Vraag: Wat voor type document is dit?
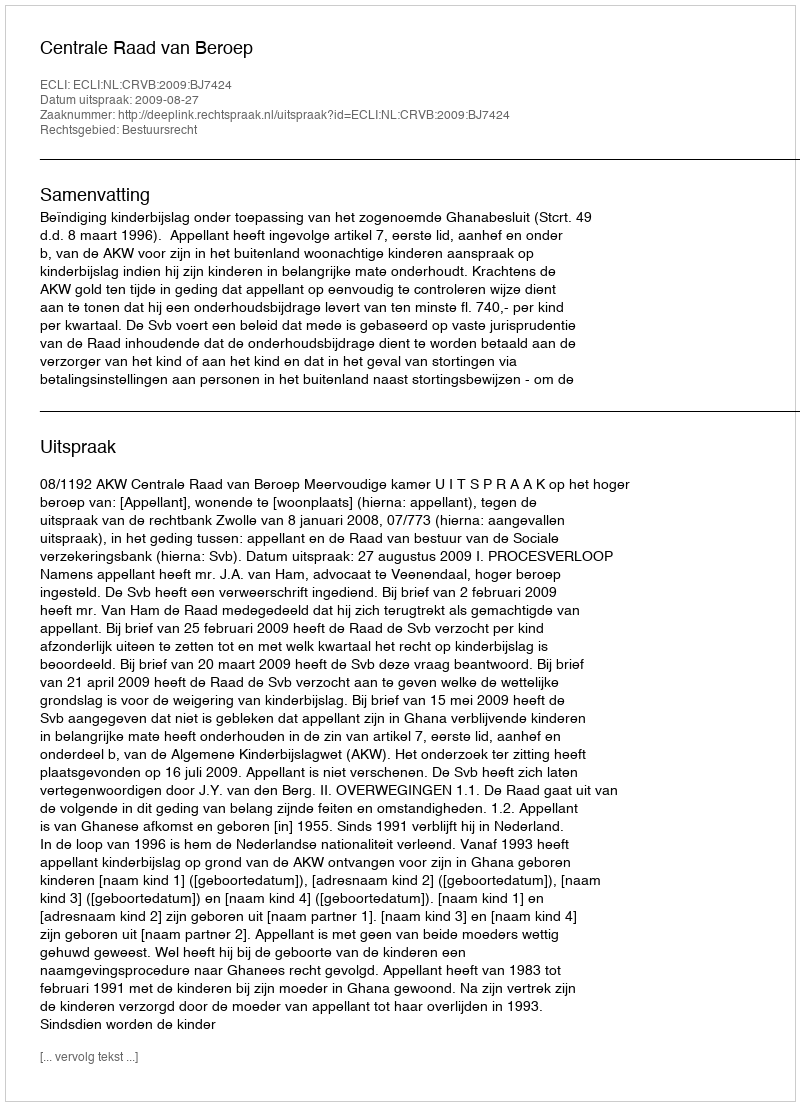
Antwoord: Uitspraak